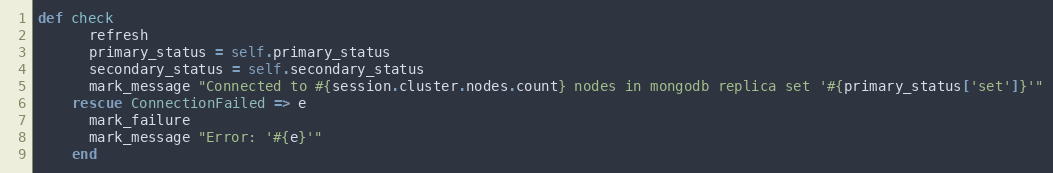
Language: Ruby
def check
      refresh
      primary_status = self.primary_status
      secondary_status = self.secondary_status
      mark_message "Connected to #{session.cluster.nodes.count} nodes in mongodb replica set '#{primary_status['set']}'"
    rescue ConnectionFailed => e
      mark_failure
      mark_message "Error: '#{e}'"
    end